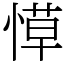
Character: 愺